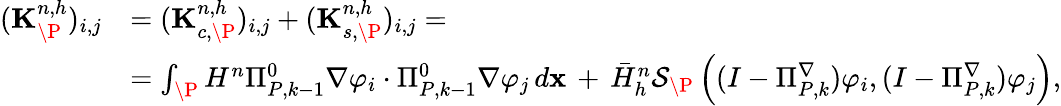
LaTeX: \begin{array}{rl}{(\mathbf{K}_{\P}^{n,h})_{i,j}}&{=(\mathbf{K}_{c,\P}^{n,h})_{i,j}+(\mathbf{K}_{s,\P}^{n,h})_{i,j}=}\\ &{=\int_{\P}H^{n}\Pi_{{P},k-1}^{0}\nabla\varphi_{i}\cdot\Pi_{{P},k-1}^{0}\nabla\varphi_{j}\, d\mathbf{x}\, +\, \bar{H}_{h}^{n}\mathcal{S}_{\P}\left((I-\Pi_{{P},k}^{\nabla})\varphi_{i},(I-\Pi_{{P},k}^{\nabla})\varphi_{j}\right),}\end{array}